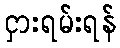
ငှားရမ်းရန်